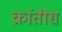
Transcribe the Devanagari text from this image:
क्रांतीस